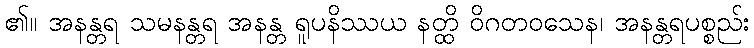
၏။ အနန္တရ သမနန္တရ အနန္တ ရူပနိဿယ နတ္ထိ ဝိဂတဝသေန၊ အနန္တရပစ္စည်း